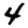
Digit: 4